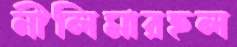
নীলিমারহল